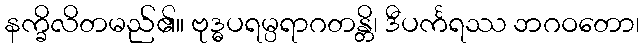
နက္ခိလိတမည်၏။ ဗုဒ္ဓပရမ္ပရာဂတန္တိ၊ ဒီပင်္ကရဿ ဘဂဝတော၊